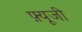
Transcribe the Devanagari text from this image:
फ़्यूजी